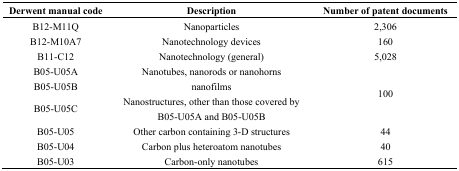
<table><thead><tr><td><b>Derwent manual code</b></td><td><b>Description</b></td><td><b>Number of patent documents</b></td></tr></thead><tbody><tr><td>B12-M11Q</td><td>Nanoparticles</td><td>2,306</td></tr><tr><td>B12-M10A7</td><td>Nanotechnology devices</td><td>160</td></tr><tr><td>B11-C12</td><td>Nanotechnology (general)</td><td>5,028</td></tr><tr><td>B05-U05A</td><td>Nanotubes, nanorods or nanohorns</td><td></td></tr><tr><td>B05-U05B</td><td>nanofilms</td><td>100</td></tr><tr><td>B05-U05C</td><td>Nanostructures, other than those covered by B05-U05A and B05-U05B</td><td></td></tr><tr><td>B05-U05</td><td>Other carbon containing 3-D structures</td><td>44</td></tr><tr><td>B05-U04</td><td>Carbon plus heteroatom nanotubes</td><td>40</td></tr><tr><td>B05-U03</td><td>Carbon-only nanotubes</td><td>615</td></tr></tbody></table>